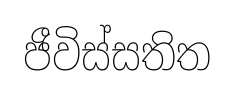
ජීවිස්සතිත